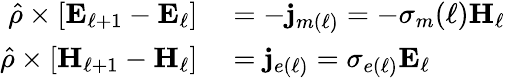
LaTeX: \begin{array}{rl}{\hat{\rho}\times\left[\mathbf{E}_{\ell+1}-\mathbf{E}_{\ell}\right]}&{{}=-\mathbf{j}_{m(\ell)}=-\sigma_{m}(\ell)\mathbf{H}_{\ell}}\\ {\hat{\rho}\times\left[\mathbf{H}_{\ell+1}-\mathbf{H}_{\ell}\right]}&{{}=\mathbf{j}_{e(\ell)}=\sigma_{e(\ell)}\mathbf{E}_{\ell}}\end{array}